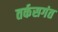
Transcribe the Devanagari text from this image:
तर्कसगंत